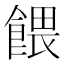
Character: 餵